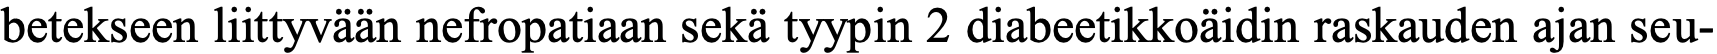
betekseen liittyvään nefropatiaan sekä tyypin 2 diabeetikkoäidin raskauden ajan seu-